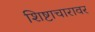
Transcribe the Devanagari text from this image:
शिष्टाचारावर